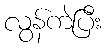
လွန်ကဲပြီး